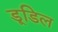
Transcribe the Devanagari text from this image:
डूडिल